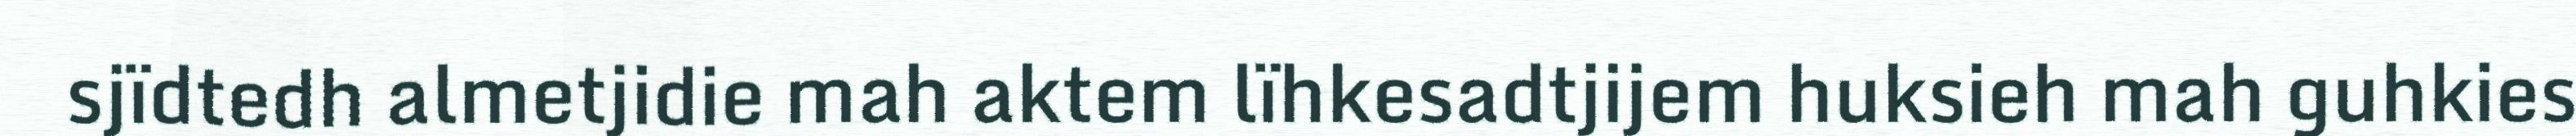
sjïdtedh almetjidie mah aktem lïhkesadtjijem huksieh mah guhkies